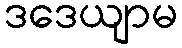
ဒဒေယျာမ